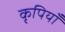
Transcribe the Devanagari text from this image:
कृपियाँ